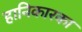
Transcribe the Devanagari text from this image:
हानिकारका